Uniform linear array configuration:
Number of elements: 24
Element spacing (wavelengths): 0.75
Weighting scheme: kaiser
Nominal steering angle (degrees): -45
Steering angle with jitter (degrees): -44.118
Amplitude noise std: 0.05
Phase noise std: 0.05

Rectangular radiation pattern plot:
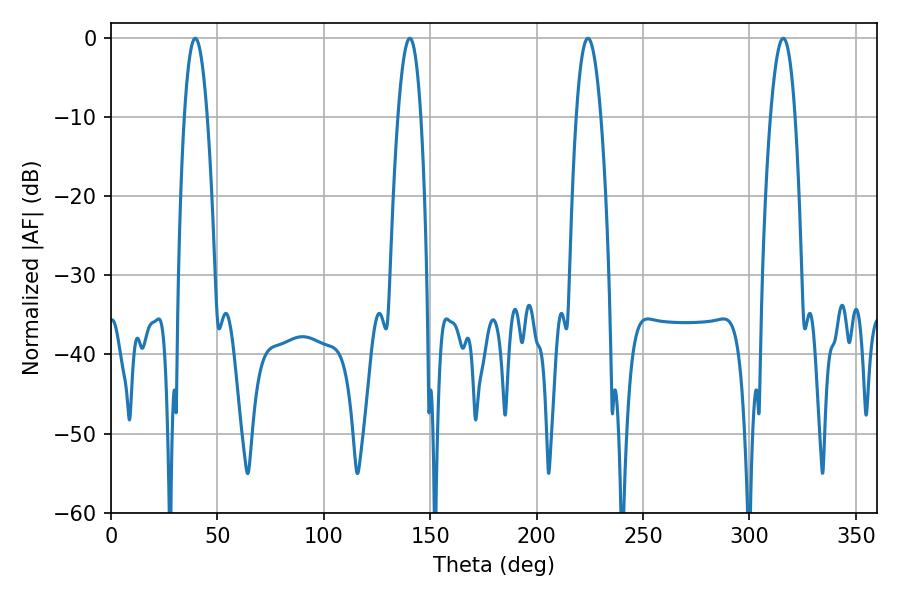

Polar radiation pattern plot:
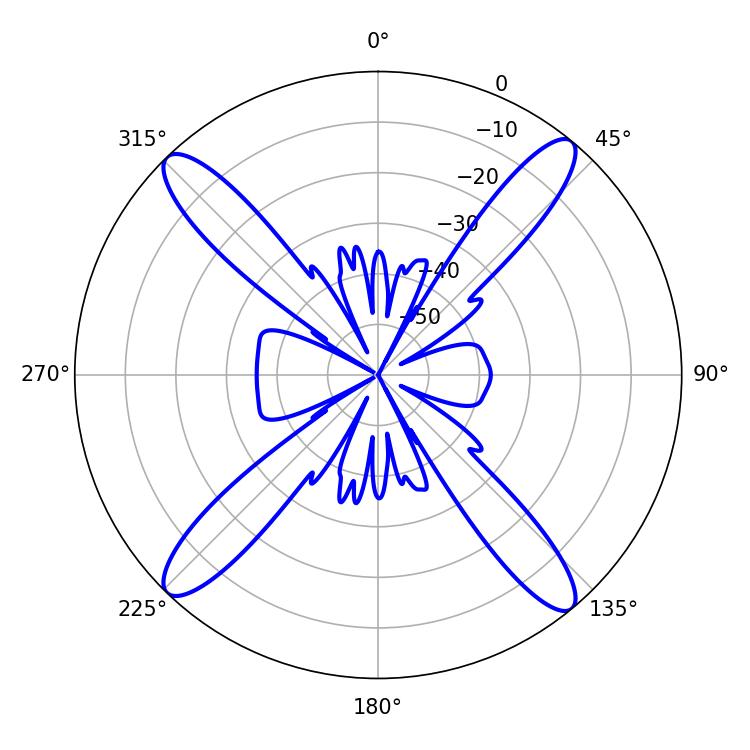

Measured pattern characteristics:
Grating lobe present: TRUE
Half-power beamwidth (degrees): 6.3
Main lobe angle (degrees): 224.1